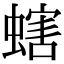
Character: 螛